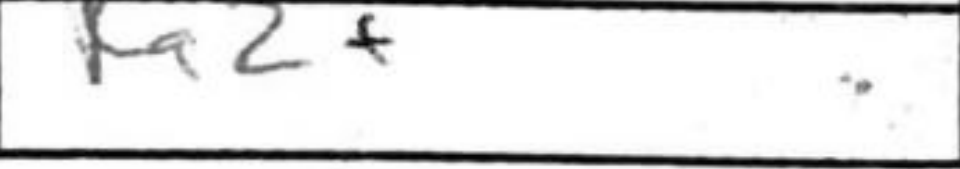
Transcription: Ra2+